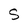
Character: S